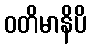
ဝတိမာနိပိ